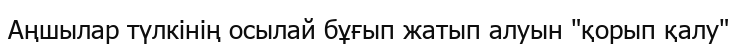
Аңшылар түлкінің осылай бұғып жатып алуын "қорып қалу"